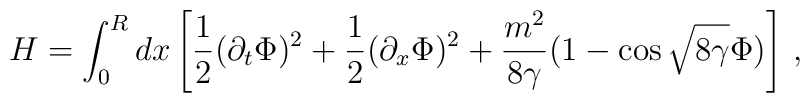
H=\int _0^R dx \left [ \frac {1}{2} (\partial _t \Phi )^2 + \frac {1}{2}(\partial _x \Phi )^2 + \frac {m^2}{8\gamma}(1-\cos {\sqrt {8\gamma}}\Phi )\right ] \, ,